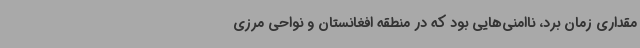
مقداری زمان برد، ناامنی‌هایی بود که در منطقه افغانستان و نواحی مرزی